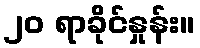
၂၀ ရာခိုင်နှုန်း။